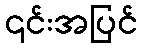
၎င်းအပြင်